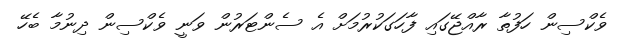
ވެކްސިން ހަފުތާ ރާއްޖޭގައި ފާހަގަކުރުމަށް އެ ސެންޓަރުން ވަނީ ވެކްސިން ދިނުމާ ބެހޭ